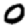
Digit: 0